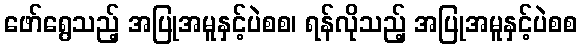
ဖော်ရွေသည့် အပြုအမူနှင့်ပဲစစ၊ ရန်လိုသည့် အပြုအမူနှင့်ပဲစစ